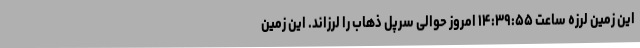
این زمین لرزه ساعت ۱۴:۳۹:۵۵ امروز حوالی سرپل ذهاب را لرزاند. این زمین